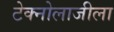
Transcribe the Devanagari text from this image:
टेक्नोलाजीला